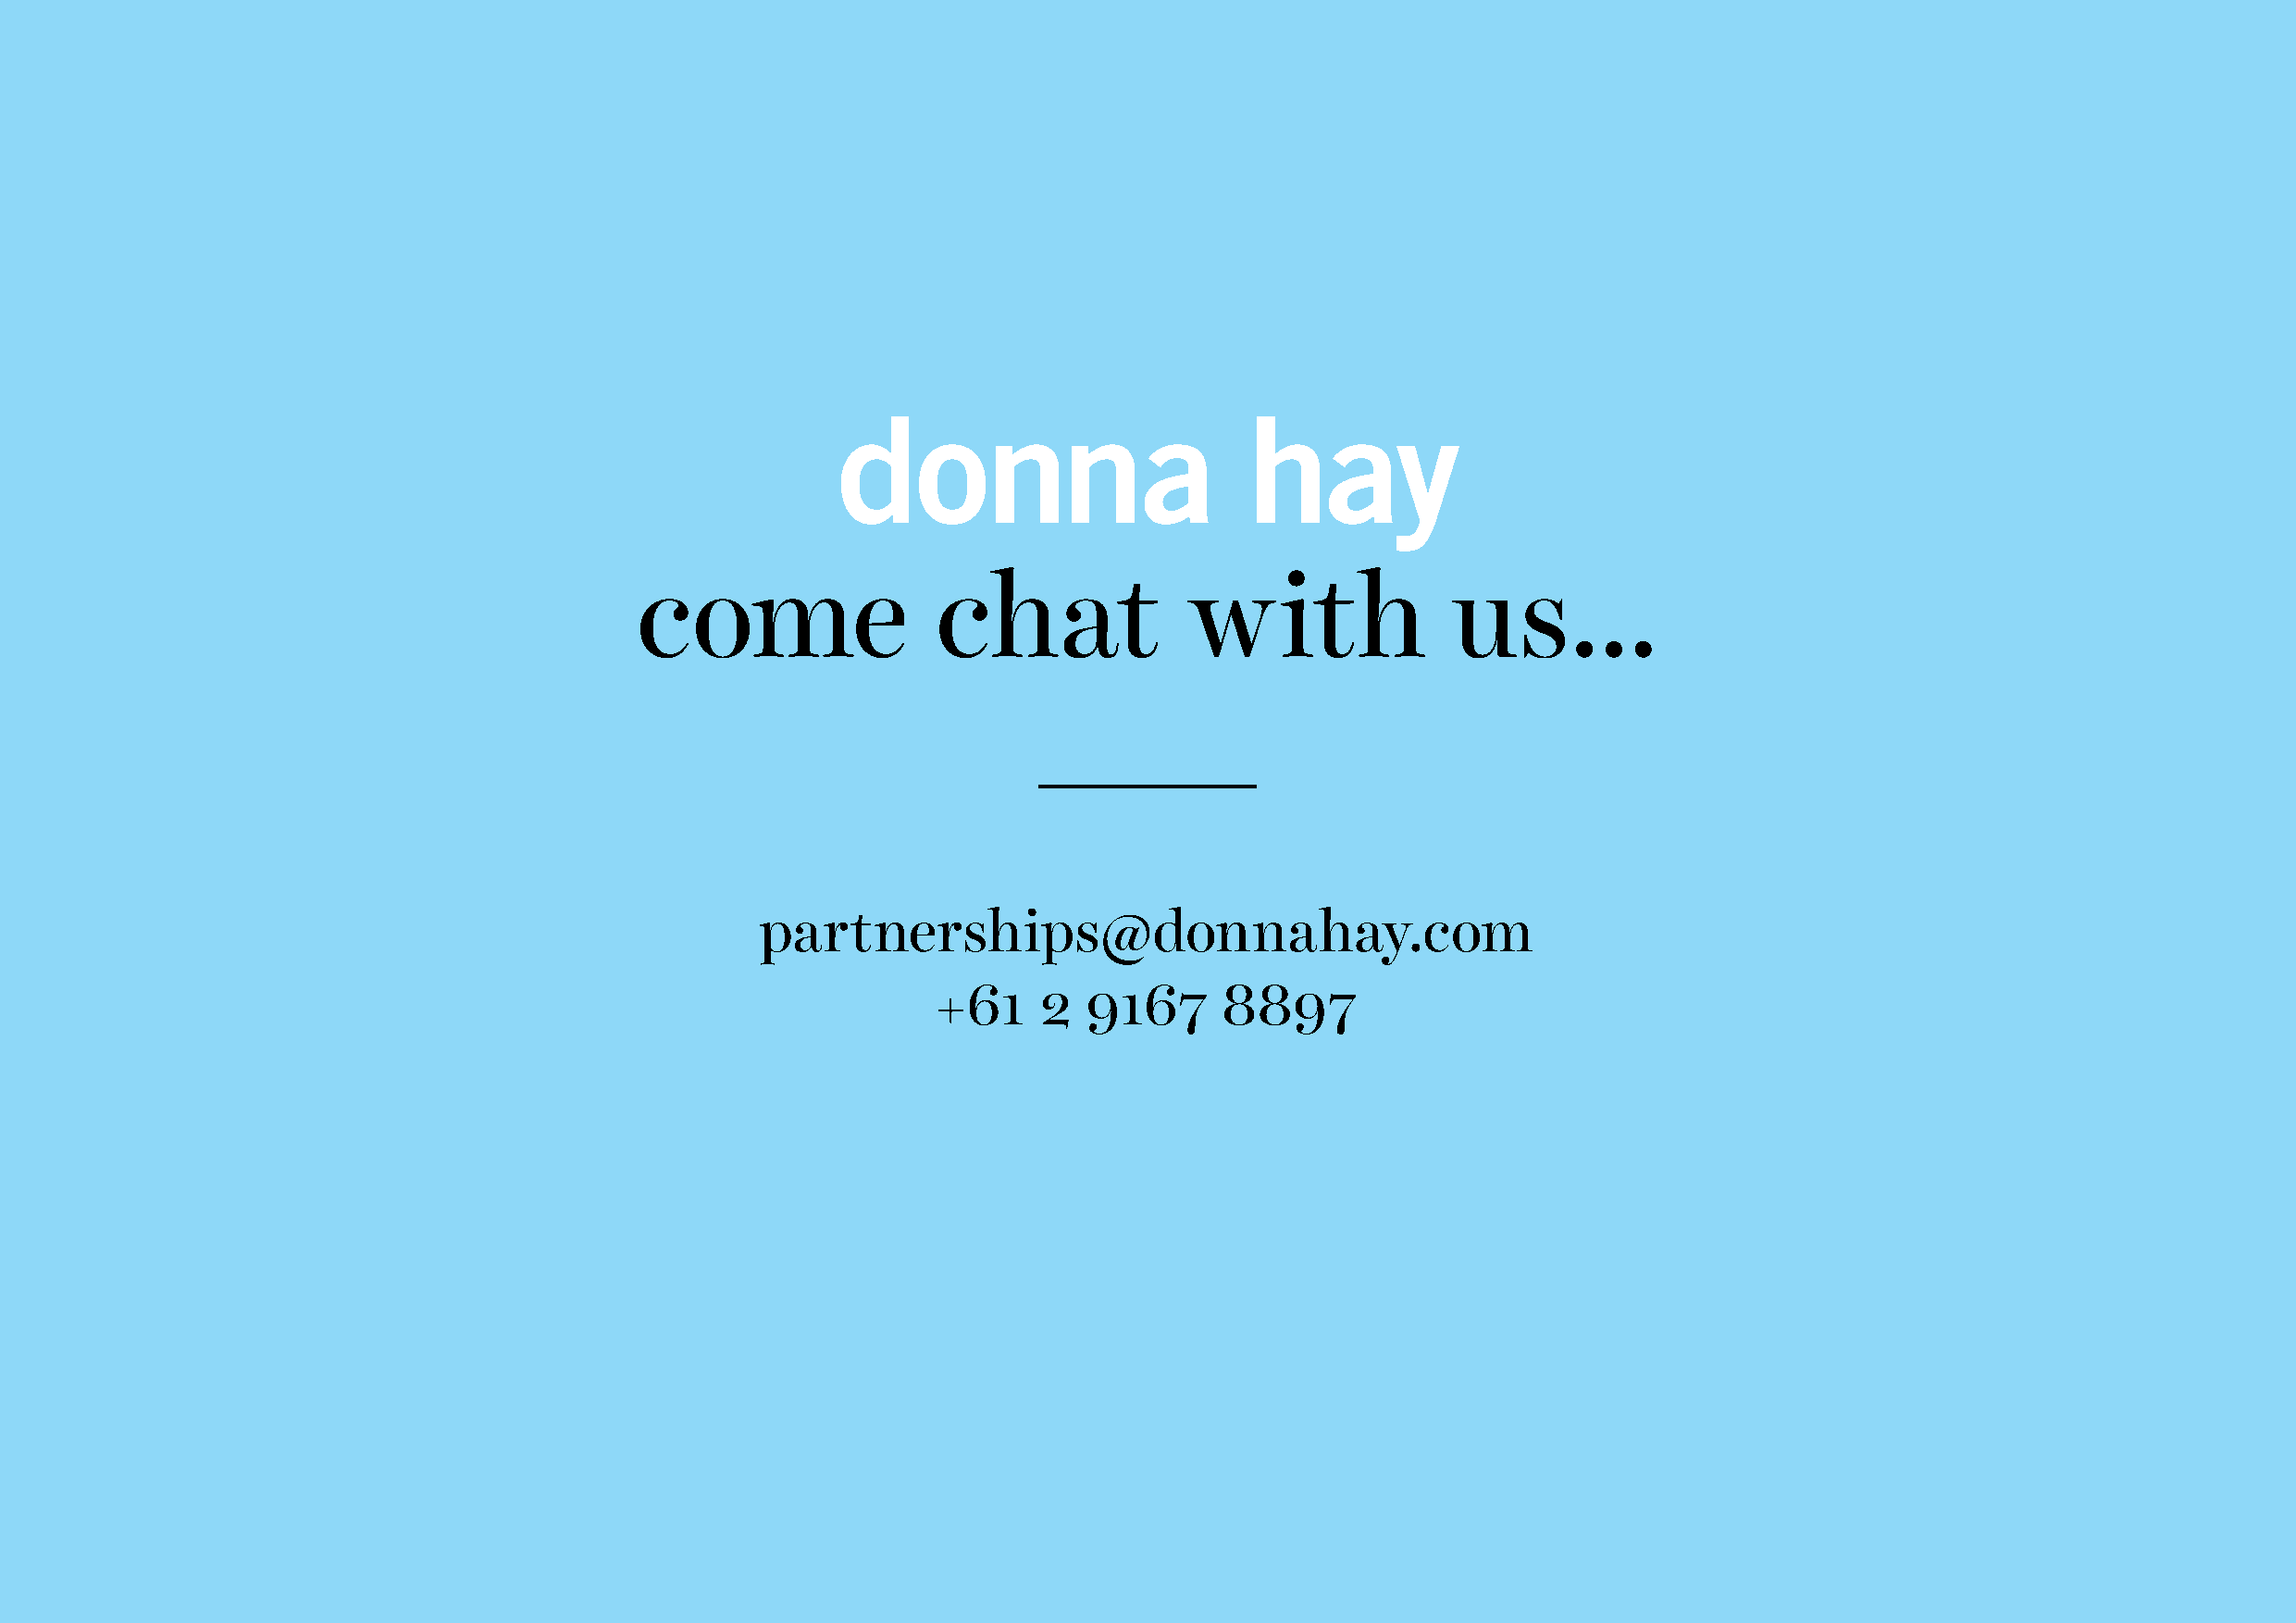
come                 chat              with               us...
 partnerships@donnahay.com
 +61    2   9167     8897